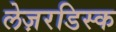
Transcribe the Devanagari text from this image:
लेज़रडिस्क